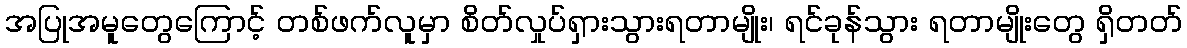
အပြုအမူတွေကြောင့် တစ်ဖက်လူမှာ စိတ်လှုပ်ရှားသွားရတာမျိုး၊ ရင်ခုန်သွား ရတာမျိုးတွေ ရှိတတ်